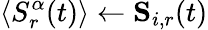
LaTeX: \langle S_{r}^{\alpha}(t)\rangle\gets\mathbf{S}_{i,r}(t)